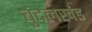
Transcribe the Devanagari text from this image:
बुंदलखंड